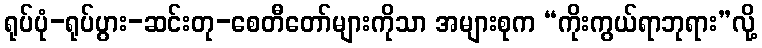
ရုပ်ပုံ-ရုပ်ပွား-ဆင်းတု-စေတီတော်များကိုသာ အများစုက “ကိုးကွယ်ရာဘုရား”လို့